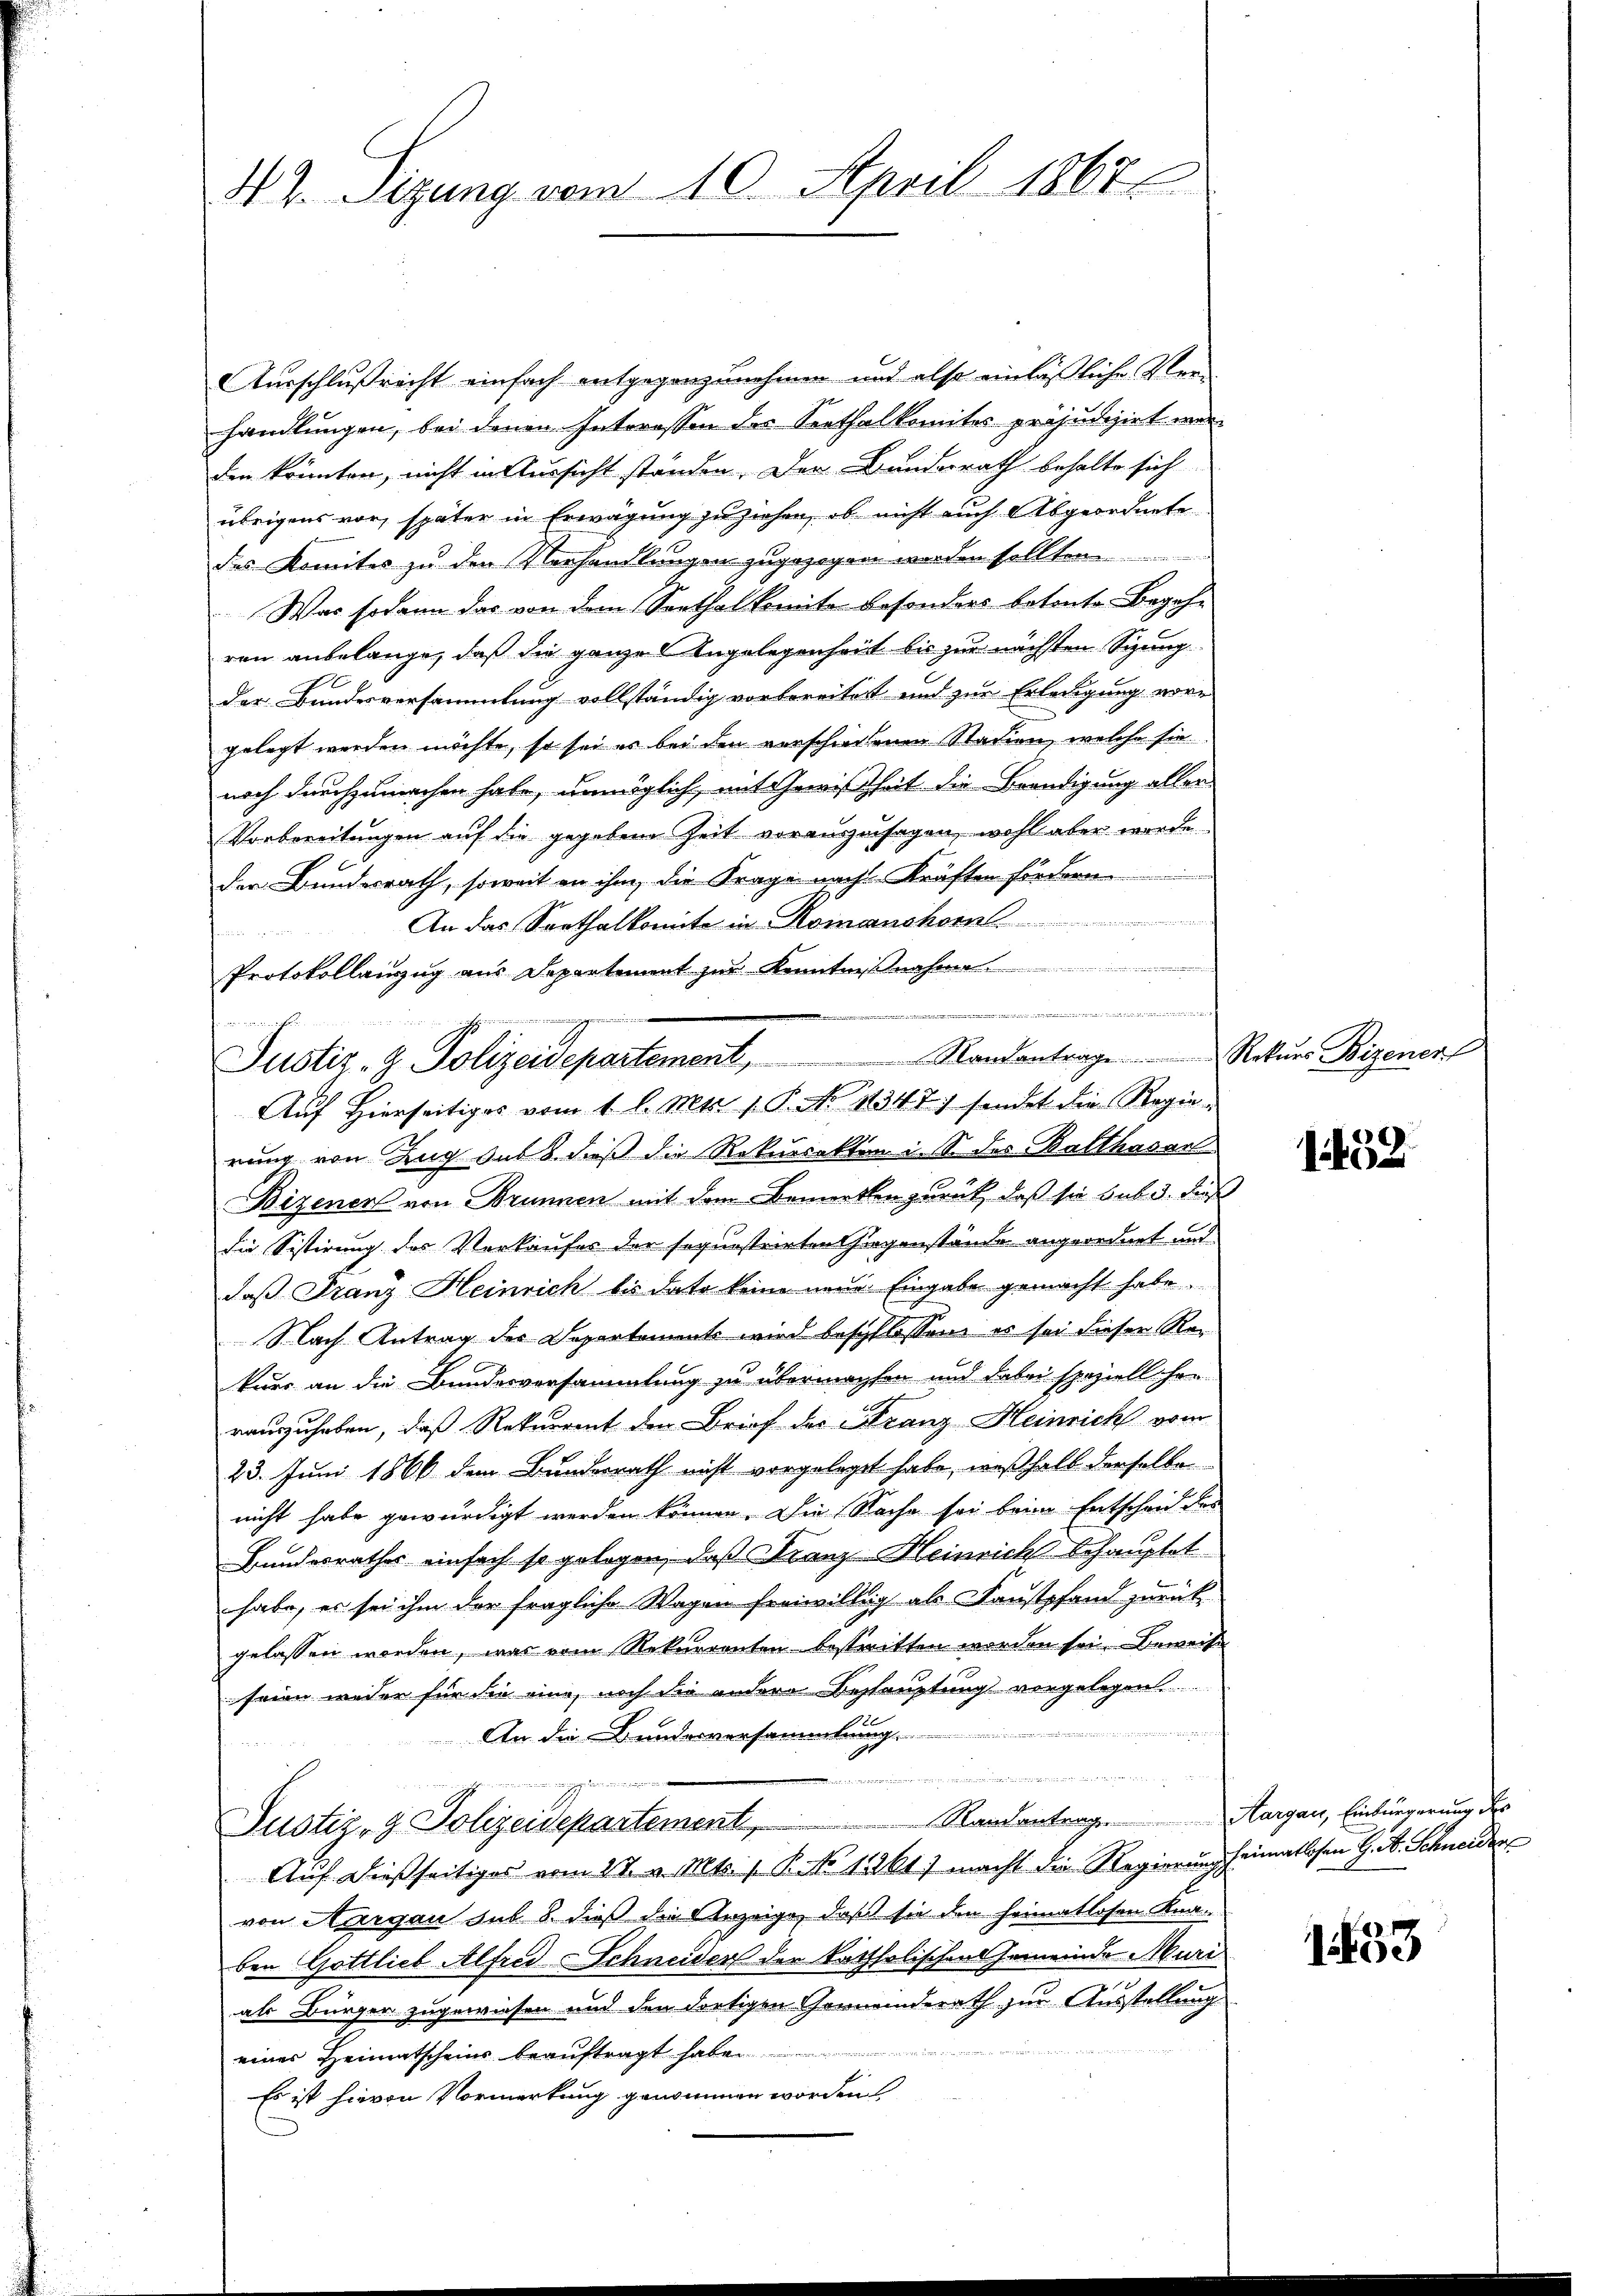
42. Sizung vom 10. April 1867

Ausschlußrecht einfach entgegenzunehmen und also einläßliche Verhandlungen, bei denen Interessen des Seethalkomites präjudizirt werden könnten, nicht in Aussicht standen. Der Bundesrath behalte sich
übrigens vor, später in Erwägung zuziehen, ob nicht auch Abgeordnete
des Komites zu den Verhandlungen zugezogen worden sollten
Was sodann das von dem Senthal komite besonders betonte Begehe
ren anbelange, daß die ganze Angelegenheit bis zur nächsten Sitzung
der Bundesversammlung vollständig vorbereitet und zur Erledigung vore
gelegt werden möchte, so sei es bei den verschiedenen Stadien, welche sie
noch durchzumachen habe, unmöglich, mit Gewißheit die Beendigung aller
Vorbereitungen auf die gegebene Zeit vorauszusagen, wohl aber werde
der Bundesrath, soweit an ihm, die Frage nach Kräften sondern
An das Sarthalkomite in Romanshor
Protokollanzug aus Departiment zur Kenntnißnahme
at
enegg

fr. von einig
Justiz- & Polizeidepartement, Randantrage Rekŭrs Bizenent
Auf Hierseitiges vom 1 l. Mts. 1. P. No 1347 sendet die Regie¬

rung von Zug des 8. dieß die Rekursakten i. S. des Balthasar
Bizenen von Brunnen mit dem Bemerken zurück, daß sie sub 3. dieß
die Sistirung des Verkaufes der sequestrirten Giegenstände angeordnet und
daß Franz Heinrich bis dato keine neue Eingabe gemacht habe.
Nach Antrag des Departements wird beschlossen es sei dieser Rekurs an die Bundesvorsammlung zu übermachen und dabei speziell ihre
rauszuhaben, daß Rekurrent den Brief der Franz Heinrich vom
23. Juni 1866 dem Bundesrath nicht vorgelegt habe, weßhalb derselbe
nicht habe gewürdigt werden können. Die Sache sei beim Entscheid des
Bundesrathes einfach so gelegen, daß Franz Heinrich Schauptet
habe, es sei ihm der fragliche Wagen freiwillig als Faustpfand zurückgelassen worden, was vom Rekurrenten bestritten worden sei. Beweise
seien weder für die eine, noch die andere Beshauptung vorgelegen.
 e der an de
An die Bundesversammlung
n
.
Randantrag. Aargau, Einbürgerung d
Justiz- & Polizeidepartement
Auf dießseitiges vom 27. v. Mts. 1. P. No 11261) macht die Regierŭng heimatlosen G. A. Schneider
von Aargau sub 8. dieß die Anzeige, daß sie den heimatlosen Kna-
ben Gottlieb Alfred Schneider der katholischen Gemeinde Muri
als Bürger zugewiesen und den dortigen Gemeinderath zur Ausstellung
einer Heimatscheins beauftragt habe
Es ist hievon Vormerkung genommen worden

1432

1433